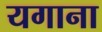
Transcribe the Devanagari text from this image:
यगाना